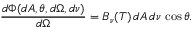
{ \frac { d \Phi ( d A , \theta , d \Omega , d \nu ) } { d \Omega } } = B _ { \nu } ( T ) \, d A \, d \nu \, \cos \theta .